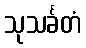
သုသင်္ခတံ